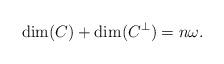
LaTeX: \begin{align*} \dim(C)+\dim(C^\perp)=n\omega.\end{align*}